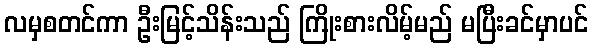
လမှစတင်ကာ ဦးမြင့်သိန်းသည် ကြိုးစားလိမ့်မည် မပြီးခင်မှာပင်